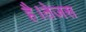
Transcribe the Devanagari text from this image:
है।तेजस